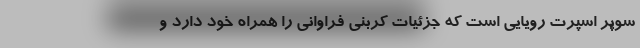
سوپر اسپرت رویایی است که جزئیات کربنی فراوانی را همراه خود دارد و